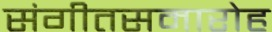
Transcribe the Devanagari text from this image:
संगीतसमारोह